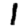
Digit: 1